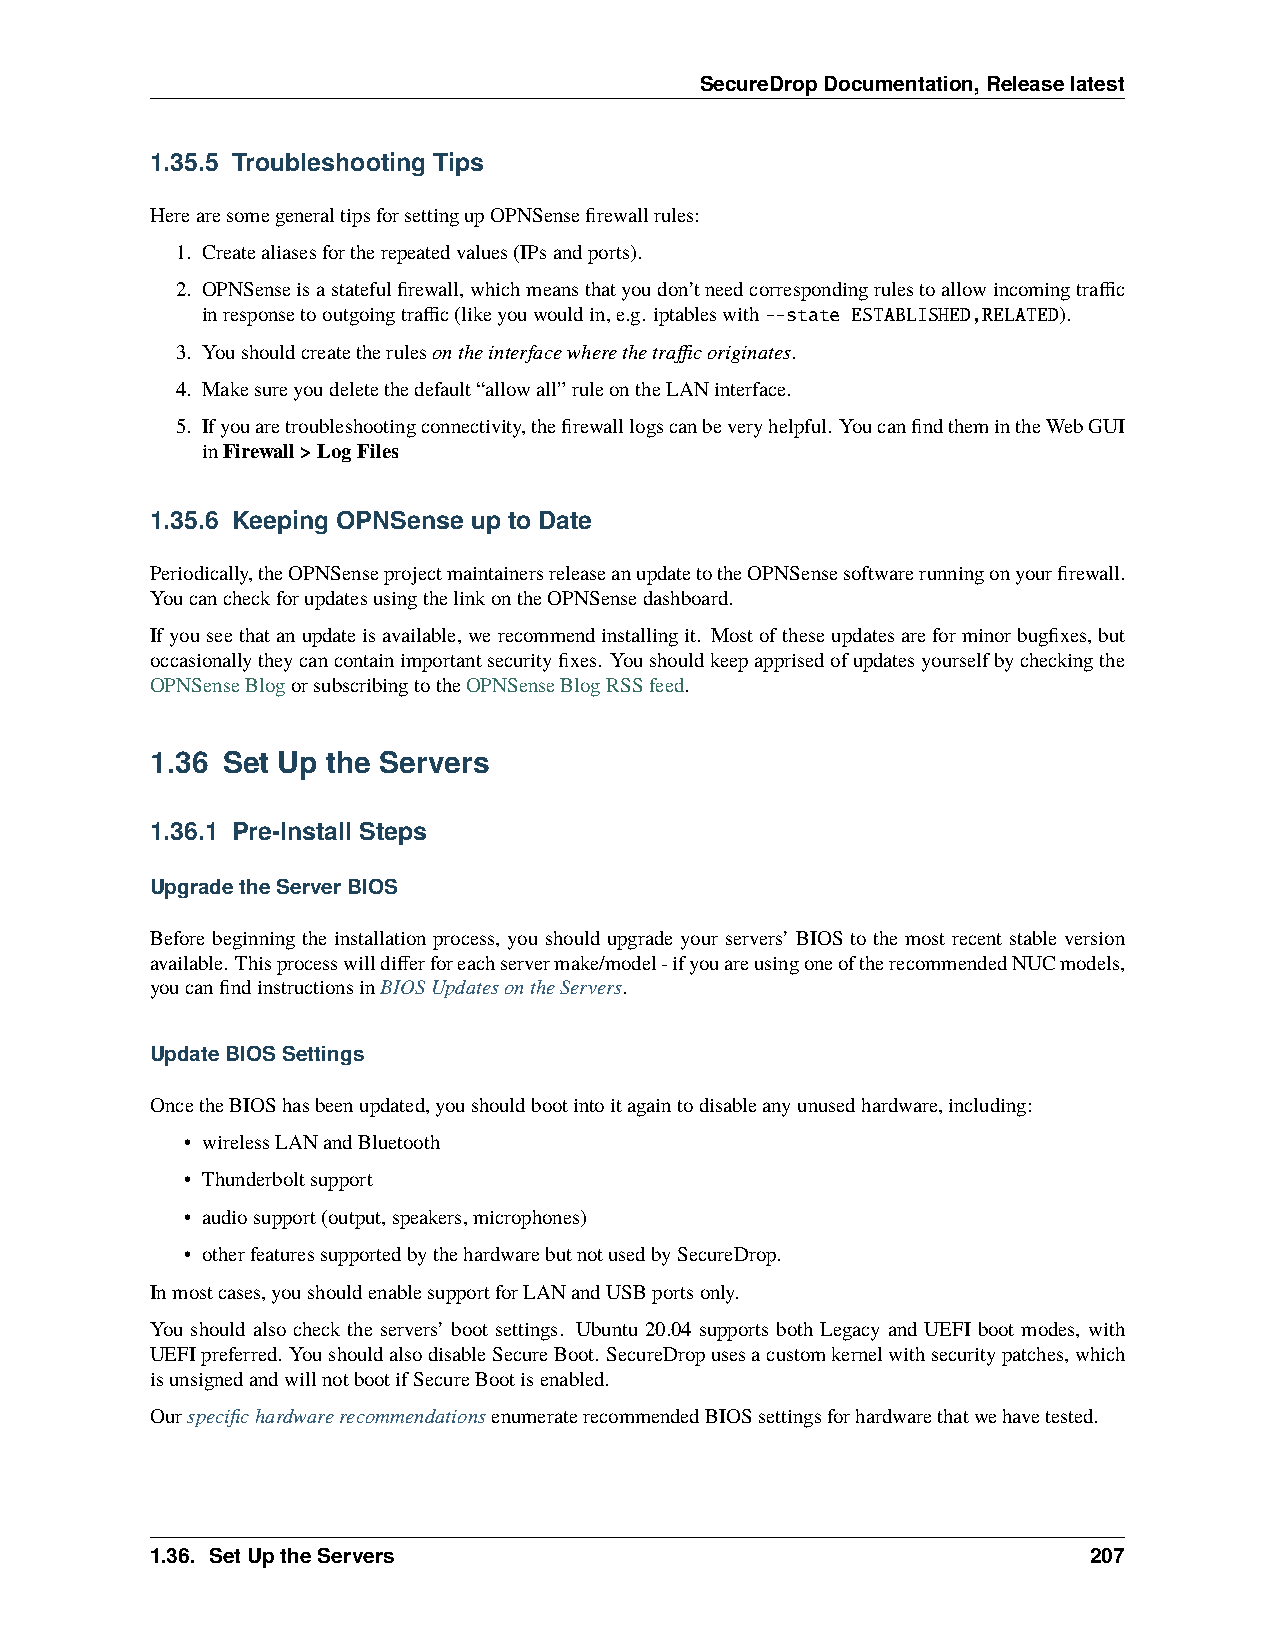
SecureDropDocumentation,Releaselatest
 1.35.5 Troubleshooting Tips
 HerearesomegeneraltipsforsettingupOPNSensefirewallrules:
 1. Createaliasesfortherepeatedvalues(IPsandports).
 2. OPNSenseisastatefulfirewall,whichmeansthatyoudon’tneedcorrespondingrulestoallowincomingtraffic
 inresponsetooutgoingtraffic(likeyouwouldin,e.g. iptableswith--state ESTABLISHED,RELATED).
 3. Youshouldcreatetherulesontheinterfacewherethetrafficoriginates.
 4. Makesureyoudeletethedefault“allowall”ruleontheLANinterface.
 5. Ifyouaretroubleshootingconnectivity,thefirewalllogscanbeveryhelpful. YoucanfindthemintheWebGUI
 inFirewall>LogFiles
 1.35.6 Keeping OPNSense up to Date
 Periodically,theOPNSenseprojectmaintainersreleaseanupdatetotheOPNSensesoftwarerunningonyourfirewall.
 YoucancheckforupdatesusingthelinkontheOPNSensedashboard.
 Ifyouseethatanupdateisavailable, werecommendinstallingit. Mostoftheseupdatesareforminorbugfixes, but
 occasionallytheycancontainimportantsecurityfixes. Youshouldkeepapprisedofupdatesyourselfbycheckingthe
 OPNSenseBlogorsubscribingtotheOPNSenseBlogRSSfeed.
 1.36 Set Up the Servers
 1.36.1 Pre-Install Steps
 UpgradetheServerBIOS
 Before beginning the installation process, you should upgrade your servers’ BIOS to the most recent stable version
 available. Thisprocesswilldifferforeachservermake/model-ifyouareusingoneoftherecommendedNUCmodels,
 youcanfindinstructionsinBIOSUpdatesontheServers.
 UpdateBIOSSettings
 OncetheBIOShasbeenupdated,youshouldbootintoitagaintodisableanyunusedhardware,including:
 • wirelessLANandBluetooth
 • Thunderboltsupport
 • audiosupport(output,speakers,microphones)
 • otherfeaturessupportedbythehardwarebutnotusedbySecureDrop.
 Inmostcases,youshouldenablesupportforLANandUSBportsonly.
 You should also check the servers’ boot settings. Ubuntu 20.04 supports both Legacy and UEFI boot modes, with
 UEFIpreferred. YoushouldalsodisableSecureBoot. SecureDropusesacustomkernelwithsecuritypatches,which
 isunsignedandwillnotbootifSecureBootisenabled.
 OurspecifichardwarerecommendationsenumeraterecommendedBIOSsettingsforhardwarethatwehavetested.
 1.36. SetUptheServers                                         207